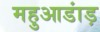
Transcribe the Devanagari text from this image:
महुआडांड़